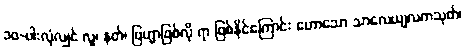
၁၀-ပါးလုံလျှင် လူ၊ နတ်၊ ဗြဟ္မာဖြစ်လို ရာ ဖြစ်နိုင်ကြောင်း ဟောသော သာလေယျလကသုတ်၊